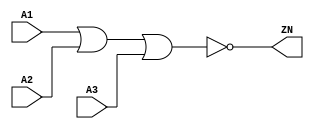
module NOR3_X4 (A1, A2, A3, ZN);
  input A1;
  input A2;
  input A3;
  output ZN;

  not(ZN, i_8);
  or(i_8, i_9, A3);
  or(i_9, A1, A2);


endmodule